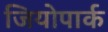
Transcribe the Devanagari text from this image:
जियोपार्क